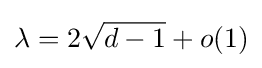
\lambda =2{\sqrt {d-1}}+o(1)